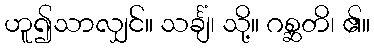
ဟူ၍သာလျှင်။ သင်္ချံ၊ သို့။ ဂစ္ဆတိ၊ ၏။